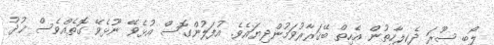
ލޯބި ސޫރަ ދެކިލާހިތުން އެހިތް ބޭޤަރާރުވަމުންދިޔައެވެ. އުފަލުންގޮސް އުޅެވޭ ނޫޅެވޭ ގޮތެއްވެސް ޚުދު